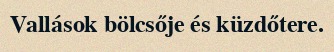
Vallások bölcsője és küzdőtere.